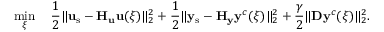
\operatorname* { m i n } _ { \boldsymbol { \xi } } \quad \frac { 1 } { 2 } \| \mathbf { u } _ { \mathrm { s } } - \mathbf { H } _ { \mathbf { u } } \mathbf { u } ( \boldsymbol { \xi } ) \| _ { 2 } ^ { 2 } + \frac { 1 } { 2 } \| \mathbf { y } _ { \mathrm { s } } - \mathbf { H } _ { \mathbf { y } } \mathbf { y } ^ { c } ( \boldsymbol { \xi } ) \| _ { 2 } ^ { 2 } + \frac { \gamma } { 2 } \| \mathbf { D } \mathbf { y } ^ { c } ( \boldsymbol { \xi } ) \| _ { 2 } ^ { 2 } .